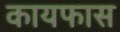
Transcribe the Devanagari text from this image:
कायफास